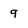
Character: q